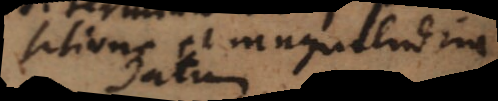
positione et magnitudine